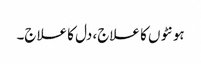
ہونٹوں کا علاج، دل کا علاج۔